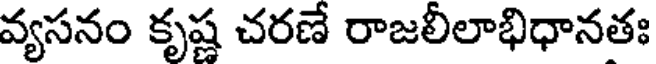
వ్యసనం కృష్ణ చరణే రాజలీలాభిధానతః